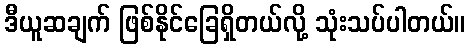
ဒီယူဆချက် ဖြစ်နိုင်ခြေရှိတယ်လို့ သုံးသပ်ပါတယ်။